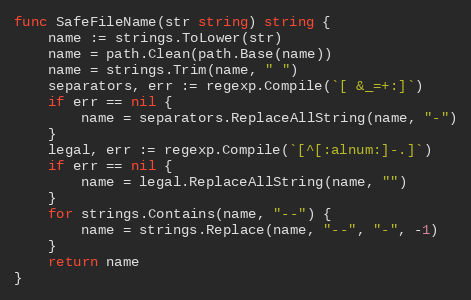
Language: Go
func SafeFileName(str string) string {
	name := strings.ToLower(str)
	name = path.Clean(path.Base(name))
	name = strings.Trim(name, " ")
	separators, err := regexp.Compile(`[ &_=+:]`)
	if err == nil {
		name = separators.ReplaceAllString(name, "-")
	}
	legal, err := regexp.Compile(`[^[:alnum:]-.]`)
	if err == nil {
		name = legal.ReplaceAllString(name, "")
	}
	for strings.Contains(name, "--") {
		name = strings.Replace(name, "--", "-", -1)
	}
	return name
}